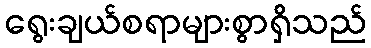
ရွေးချယ်စရာများစွာရှိသည်